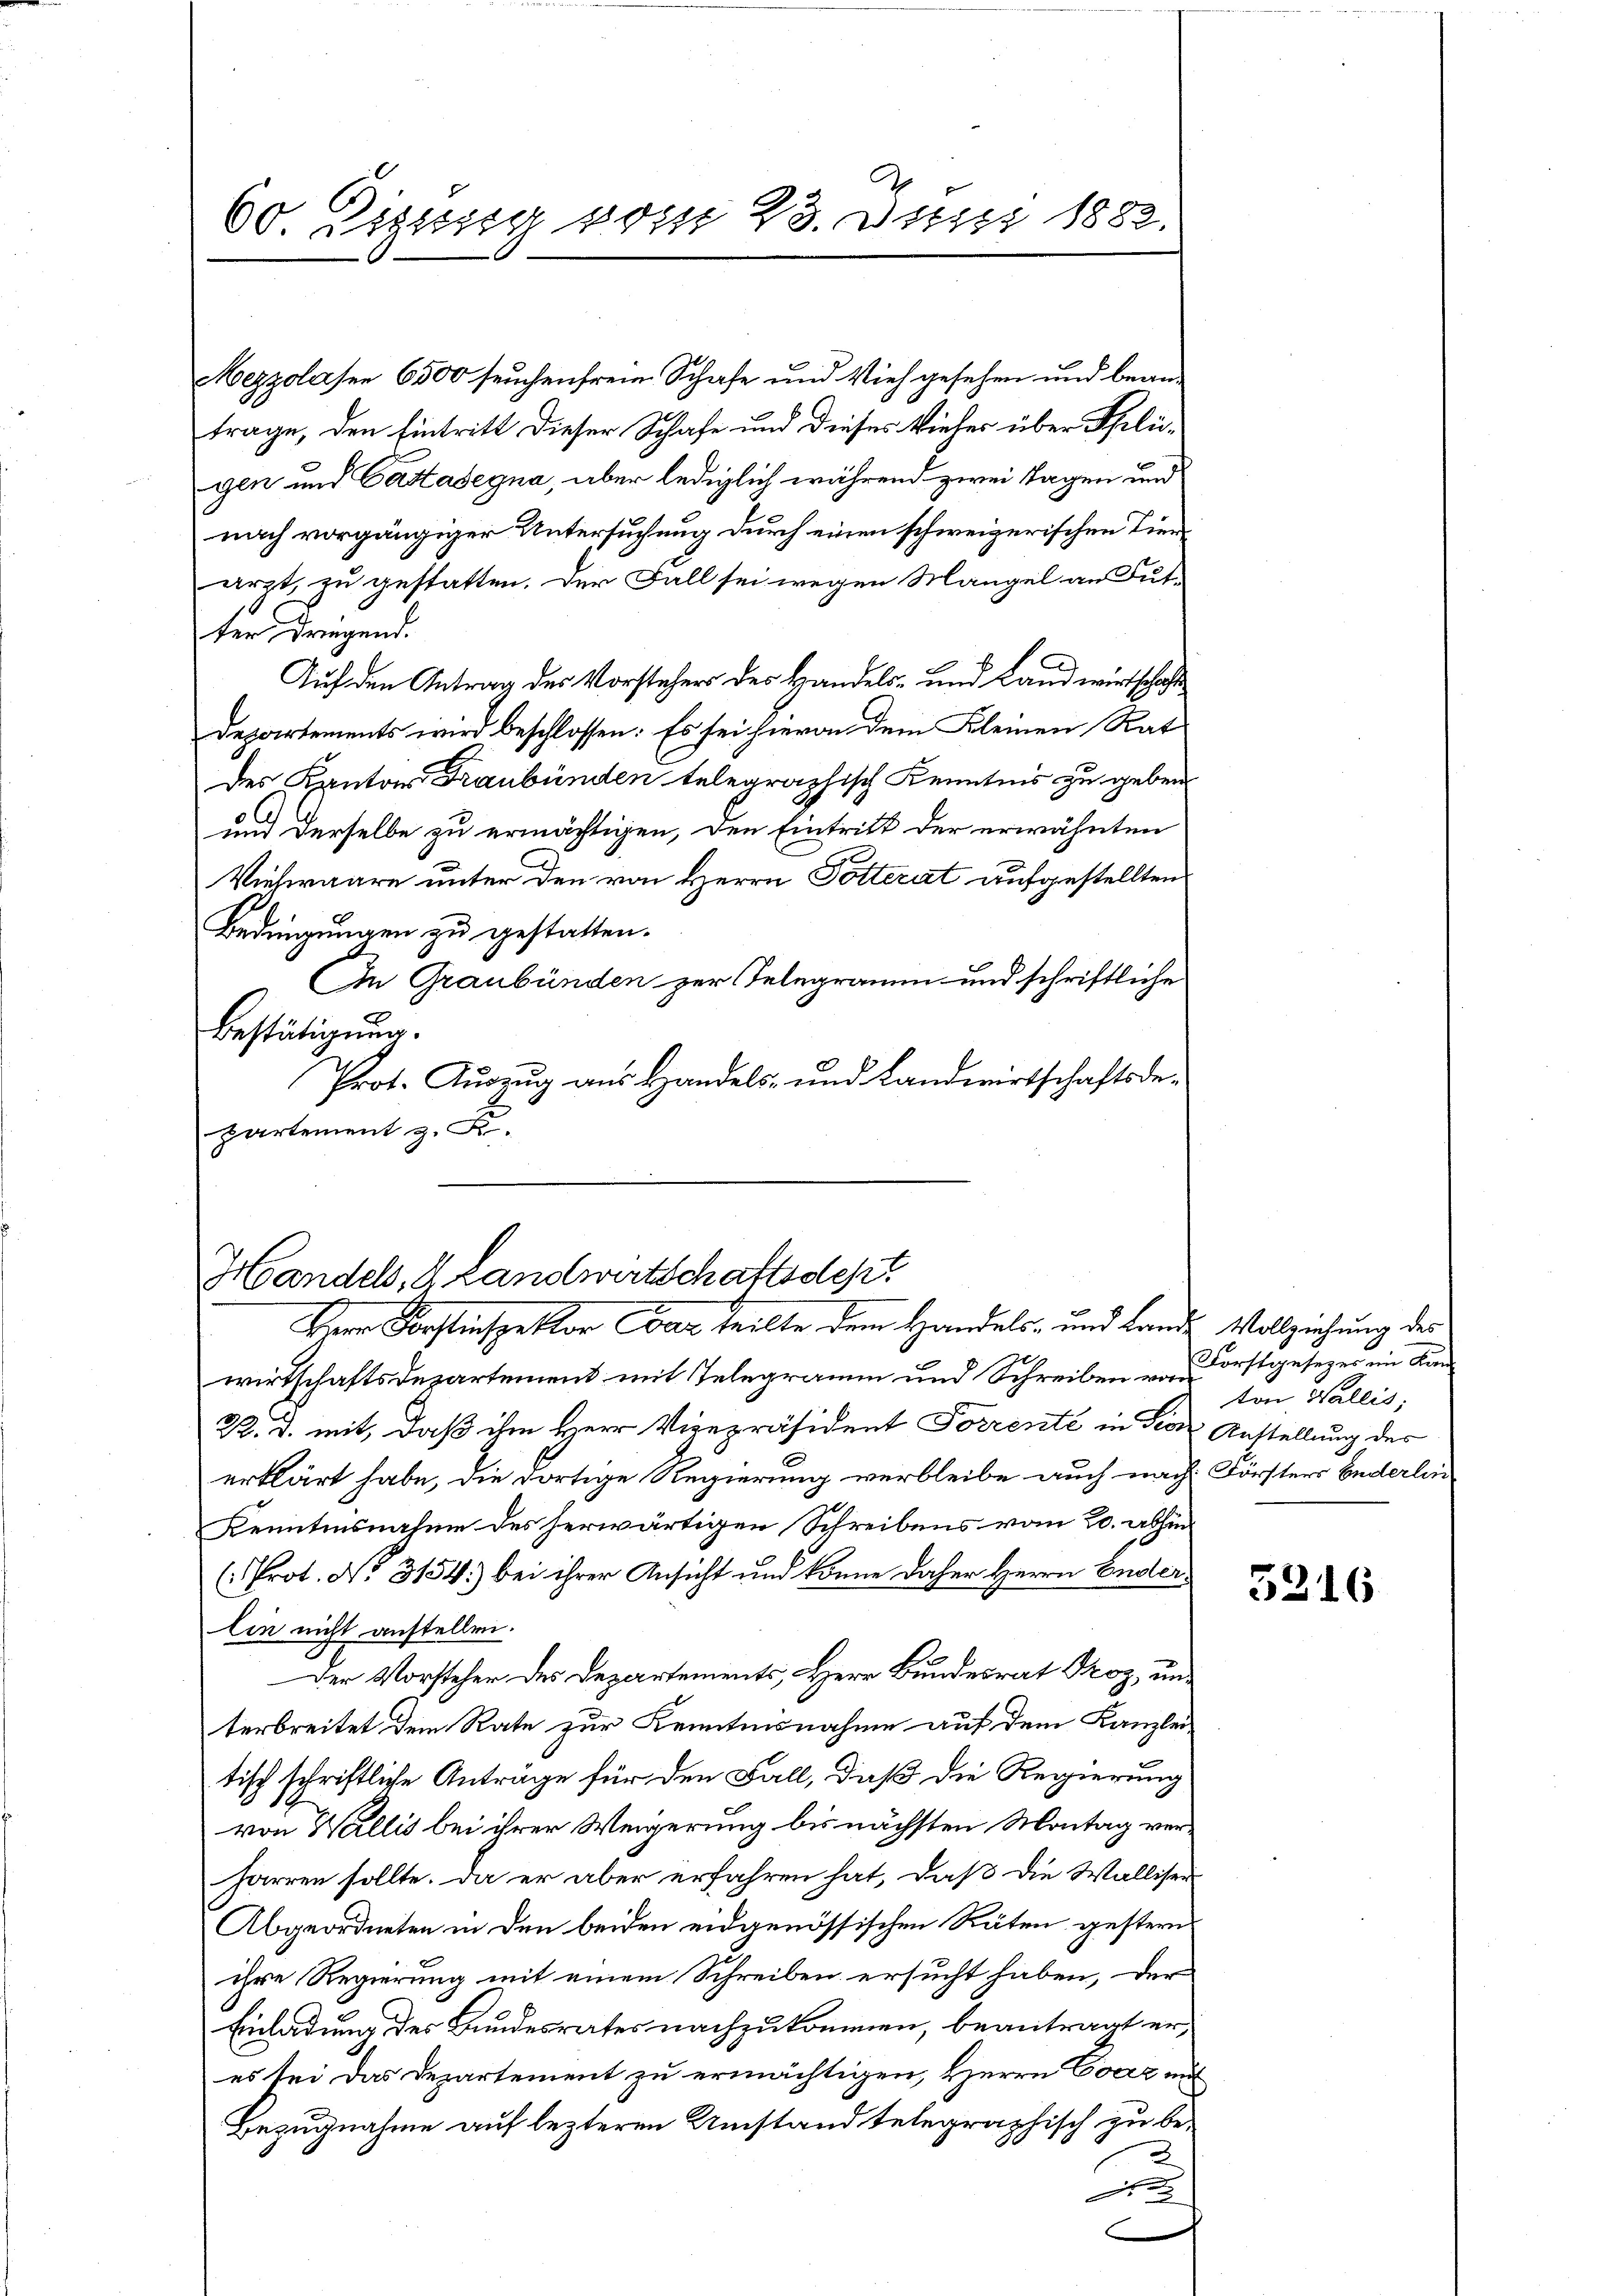
60. Diesig vom 23. Juni 1882.

Mezzolasen 6500 seuchenfrem Schafe und Vieh gesehen und beantrage, den Eintritt dieser Schafe und dieses Vieher über Speligen und Castasegna, aber lediglich während zwei Tagen und
nach vorgängiger Untersuchung durch einen schweizerischen Tierarzt zu gestatten. Der Fall sei wegen Mangel an Fut-
ter dringend.
Auf den Antrag des Vorstehers des Handels- und Landwirtschaft
Departements wird beschlossen: Es sei hievon dem Kleinen Rat
des Kantons Graubünden telegraphisch Kenntnis zu geben.
und derselbe zu ermächtigen, den Eintritt der erwähnten
Vielwaare unter den von Herrn Potterat aufgestellten
Bedingungen zu gestatten.
In Graubünden zur Telegramm und schriftliche
Bestätigung.
Prot. Aŭszŭg aŭs Handels- und Landwirtschaftsde-
partement z. F.

Handels, & Landwirtschaftsdest
Herr Forstinspektor dar teilte dem Handels- und Lande Vollziehung des

wirtschaftsdepartement mit Telegramm und Schreiben von Forstgesezes im Kan¬
R. d. mit, daß ihm Herr Vizepräsident Forrente in die Anstellung des
erklärt habe, die dortige Regierung verbleibe auch nach Försters Enderlin
Kenntnisnahme des herwärtigen Schreibens vom 20. abhin
(Prot. No. 3154) bei ihrer Ansicht und könne daher Herrn Enders
lin nicht anstellen.
Der Vorsteher des Departements, Herr Bundesrat Droz, unterbreitet dem Rate zur Kenntnisnahme auf dem Kanzlei.
tisch schriftliche Anträge für den Fall, daß die Regierung
von Wallis bei ihrer Weigerung bis nächsten Montag verharren sollte. Da er aber erfahren hat, daß die Walliser
Abgeordneten in den beiden eidgenössischen Räten gestern
ihre Regierung mit einem Schreiben ersucht haben, der
Einladung des Bundesrates nachzukommen, beantragt eres sei das Departement zu ermächtigen, Herrn Coerz mit
Bezugnahme auf lezteren Umstand telegraphisch zu be-
2
F

ton Wallis,

5216